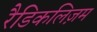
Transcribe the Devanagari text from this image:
रैडिकलिज़म